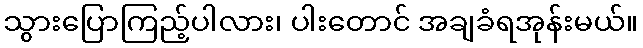
သွားပြောကြည့်ပါလား၊ ပါးတောင် အချခံရအုန်းမယ်။